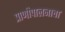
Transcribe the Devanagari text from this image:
प्राणीपालनाचा